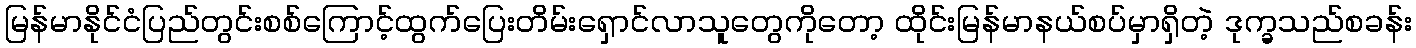
မြန်မာနိုင်ငံပြည်တွင်းစစ်ကြောင့်ထွက်ပြေးတိမ်းရှောင်လာသူတွေကိုတော့ ထိုင်းမြန်မာနယ်စပ်မှာရှိတဲ့ ဒုက္ခသည်စခန်း